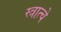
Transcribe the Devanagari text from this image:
स्त्रात्चे